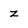
Character: z